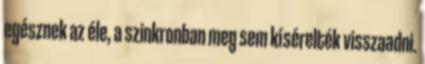
egésznek az éle, a szinkronban meg sem kísérelték visszaadni.